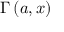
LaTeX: \Gamma \left( a , x \right)